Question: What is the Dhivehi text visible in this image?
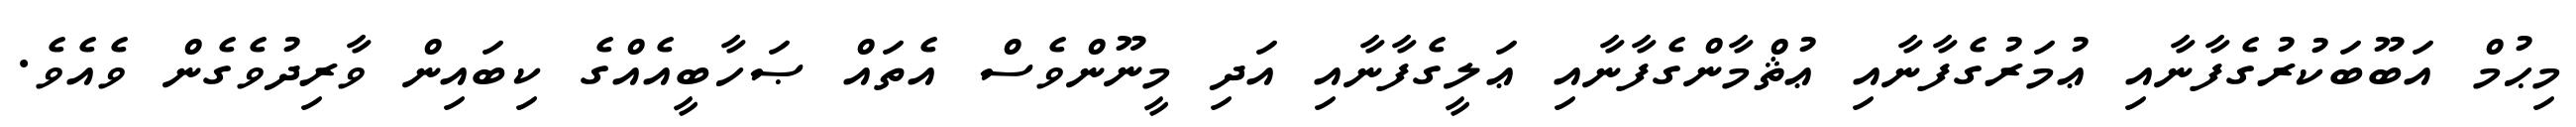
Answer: މިޙުމް އަބޫބަކުރުގެފާނާއި ޢުމަރުގެފާނާއި ޢުޘްމާންގެފާނާއި ޢަލީގެފާނާއި އަދި މީނޫންވެސް އެތައް ޞަހާބީއެއްގެ ކިބައިން ވާރިދުވެގެން ވެއެވެ.